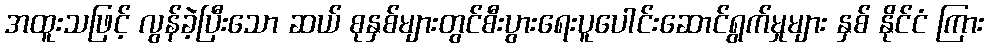
အထူးသဖြင့် လွန်ခဲ့ပြီးသော ဆယ် စုနှစ်များတွင်စီးပွားရေးပူပေါင်းဆောင်ရွက်မှုများ နှစ် နိုင်ငံ ကြား